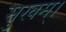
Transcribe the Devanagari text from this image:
सुखम्।